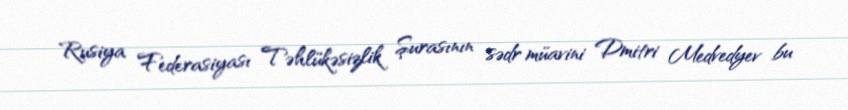
Rusiya Federasiyası Təhlükəsizlik Şurasının sədr müavini Dmitri Medvedyev bu